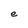
Character: e